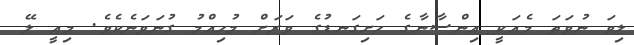
ލިވަ ނުވަތަ މެއަކީ އިންސާނާގެ ހަށިގަނޑުގެ ވަރަށް މުހިއްމު ގުނަވަނެކެވެ. މިއީ ލޭ